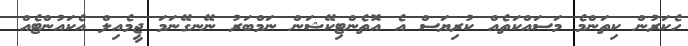
ހެކަރުން ކިތަންމެ މަސައްކަތެއް ކުރިޔަސް އެ އޮތެންޓިކޭޝަން ނަމްބަރު ނޭނގޭނަމަ ޖީމެއިލް އެކައުންޓެއް